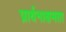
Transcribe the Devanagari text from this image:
प्रार्थनाक्षमता